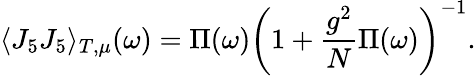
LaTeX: \langle J_{5}J_{5}\rangle_{T,\mu}(\omega)=\Pi(\omega)\left(1+{\frac{g^{2}}{N}}\Pi(\omega)\right)^{-1}.